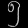
Digit: ၅